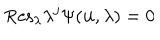
\mathrm { R e s } _ { \lambda } \lambda ^ { j } \Psi ( { \bf u } , \lambda ) = 0